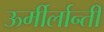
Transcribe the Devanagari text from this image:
ऊर्मीर्लान्ती